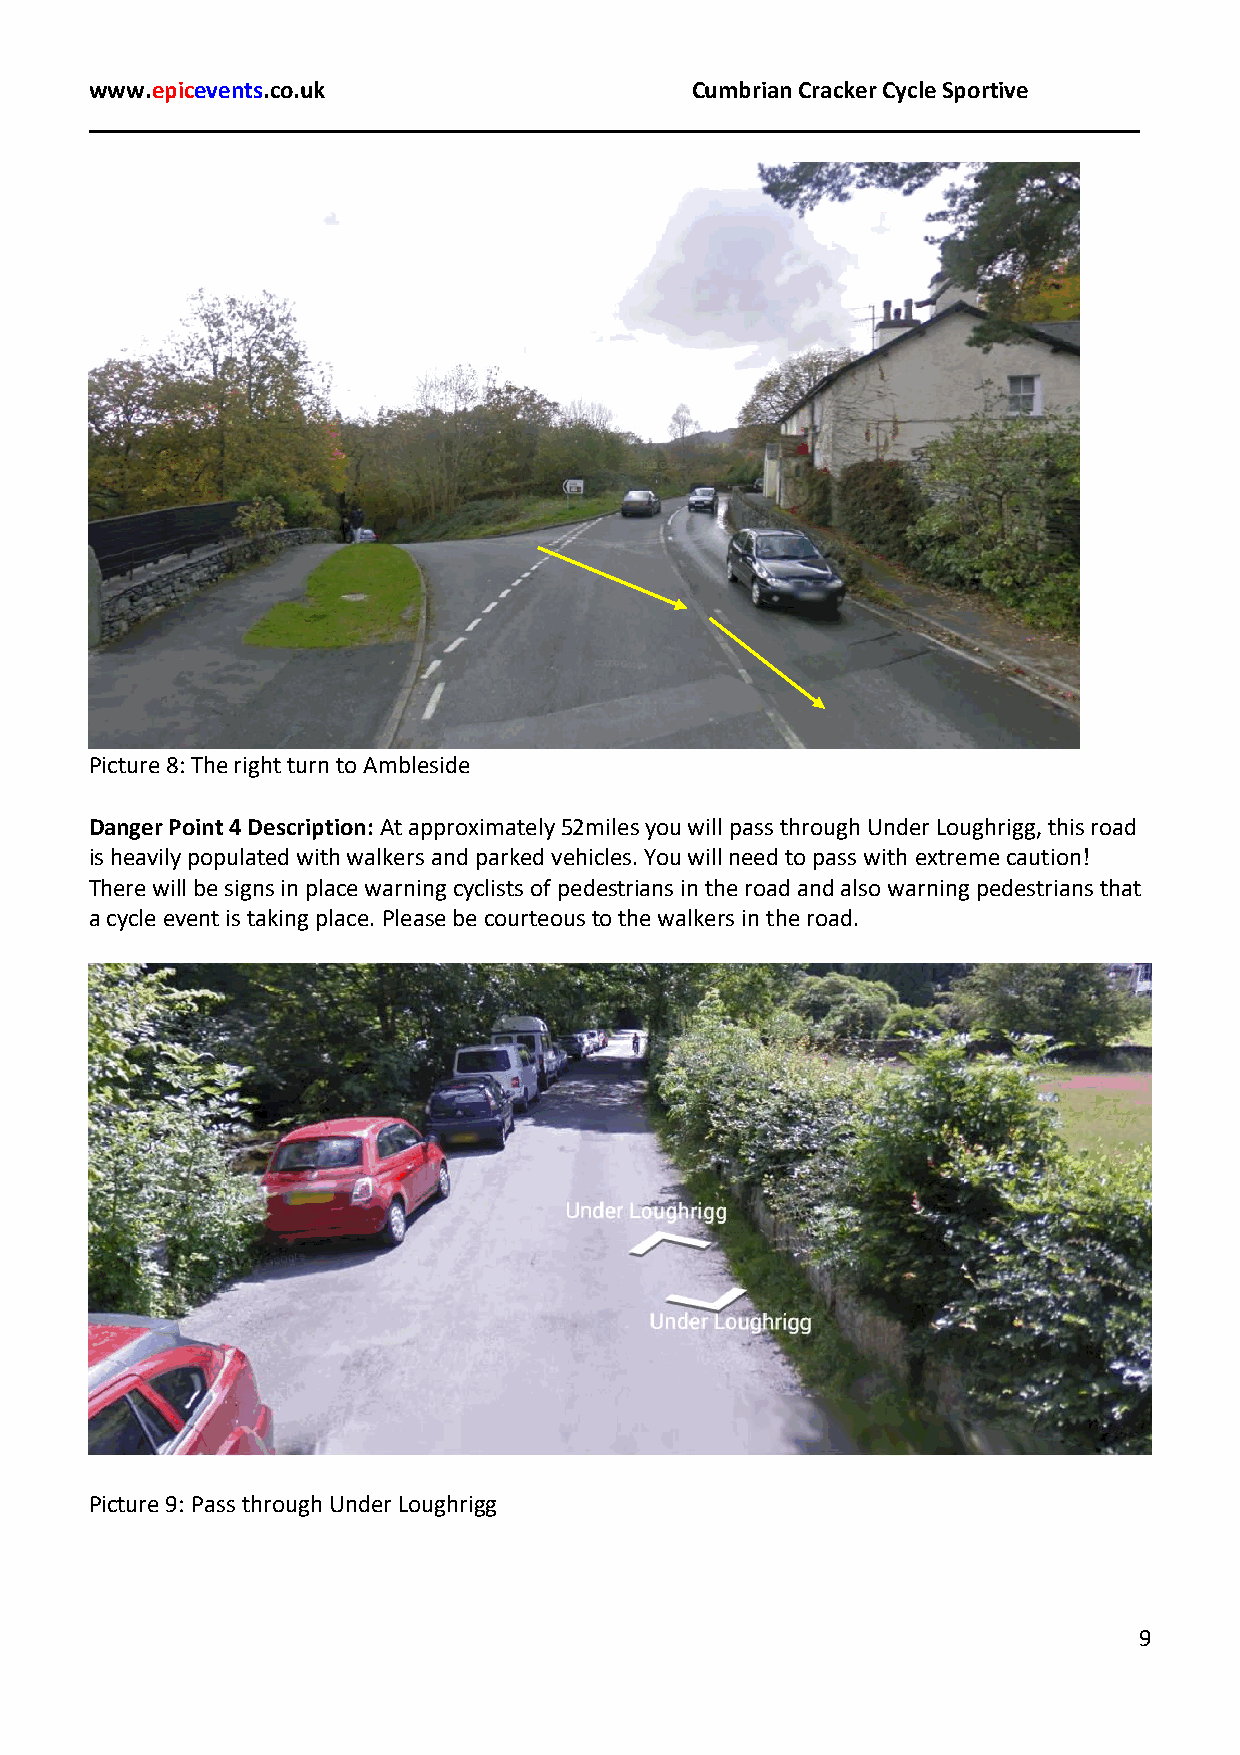
www.epicevents.co.uk                    Cumbrian Cracker Cycle Sportive
 Picture 8: The right turn to Ambleside
 Danger Point 4 Description: At approximately 52miles you will pass through Under Loughrigg, this road
 is heavily populated with walkers and parked vehicles. You will need to pass with extreme caution!
 There will be signs in place warning cyclists of pedestrians in the road and also warning pedestrians that
 a cycle event is taking place. Please be courteous to the walkers in the road.
 Picture 9: Pass through Under Loughrigg
 9